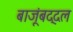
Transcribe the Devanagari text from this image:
बाजूंबद्दल